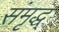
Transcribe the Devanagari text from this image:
संमृद्ध्